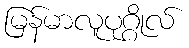
မြန်မာလူပုဂ္ဂိုလ်